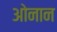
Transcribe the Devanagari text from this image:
ओनान